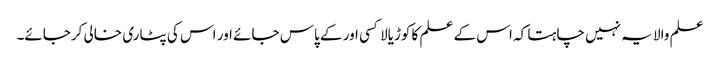
علم والا یہ نہیں چاہتا کہ اس کے علم کا کوڑیالا کسی اور کے پاس جائے اور اس کی پٹاری خالی کرجائے۔